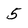
Character: 5